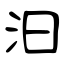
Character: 汩